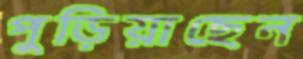
পুড়িয়াছেন